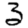
Digit: 3